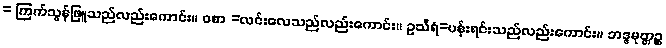
= ကြက်သွန်ဖြူသည်လည်းကောင်း။ ဝစာ =လင်းလေသည်လည်းကောင်း။ ဥသီရံ=ပန်းရင်းသည်လည်းကောင်း။ ဘဒ္ဒမုတ္တဉ္စ